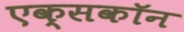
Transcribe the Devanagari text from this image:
एक्सकॉन